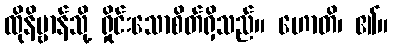
ထိုနိဗ္ဗာန်သို့ ရှိုင်းသောစိတ်ရှိသည်။ ဟောတိ၊ ၏။